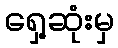
ရှေ့ဆုံးမှ